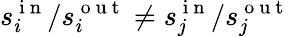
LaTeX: s_{i}^{\mathrm{~i~n~}}/s_{i}^{\mathrm{~o~u~t~}}\neq s_{j}^{\mathrm{~i~n~}}/s_{j}^{\mathrm{~o~u~t~}}